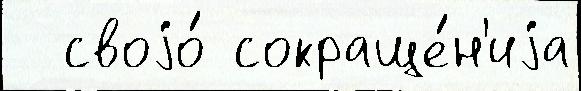
  своjо́ сокраще́н'иjа